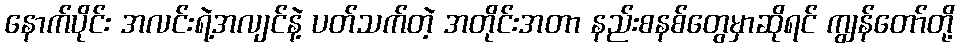
နောက်ပိုင်း အလင်းရဲ့အလျင်နဲ့ ပတ်သက်တဲ့ အတိုင်းအတာ နည်းစနစ်တွေမှာဆိုရင် ကျွန်တော်တို့